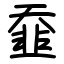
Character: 䪞